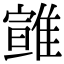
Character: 𩀈